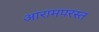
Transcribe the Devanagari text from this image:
आरामपरस्त